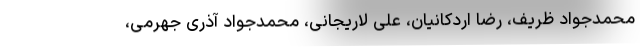
محمدجواد ظریف، رضا اردکانیان، علی لاریجانی، محمدجواد آذری جهرمی،